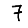
Digit: 7